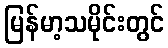
မြန်မာ့သမိုင်းတွင်